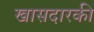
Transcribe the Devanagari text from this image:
खासदारकी